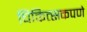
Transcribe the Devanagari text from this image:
चिकित्सकपणे